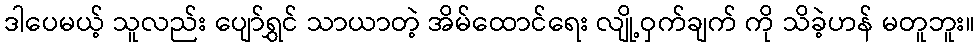
ဒါပေမယ့် သူလည်း ပျော်ရွှင် သာယာတဲ့ အိမ်ထောင်ရေး လျို့ဝှက်ချက် ကို သိခဲ့ဟန် မတူဘူး။